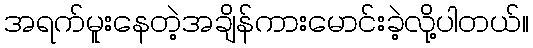
အရက်မူးနေတဲ့အချိန်ကားမောင်းခဲ့လို့ပါတယ်။